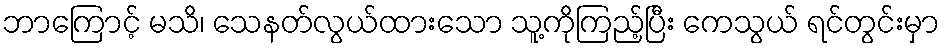
ဘာကြောင့် မသိ၊ သေနတ်လွယ်ထားသော သူ့ကိုကြည့်ပြီး ကေသွယ် ရင်တွင်းမှာ